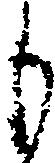
も